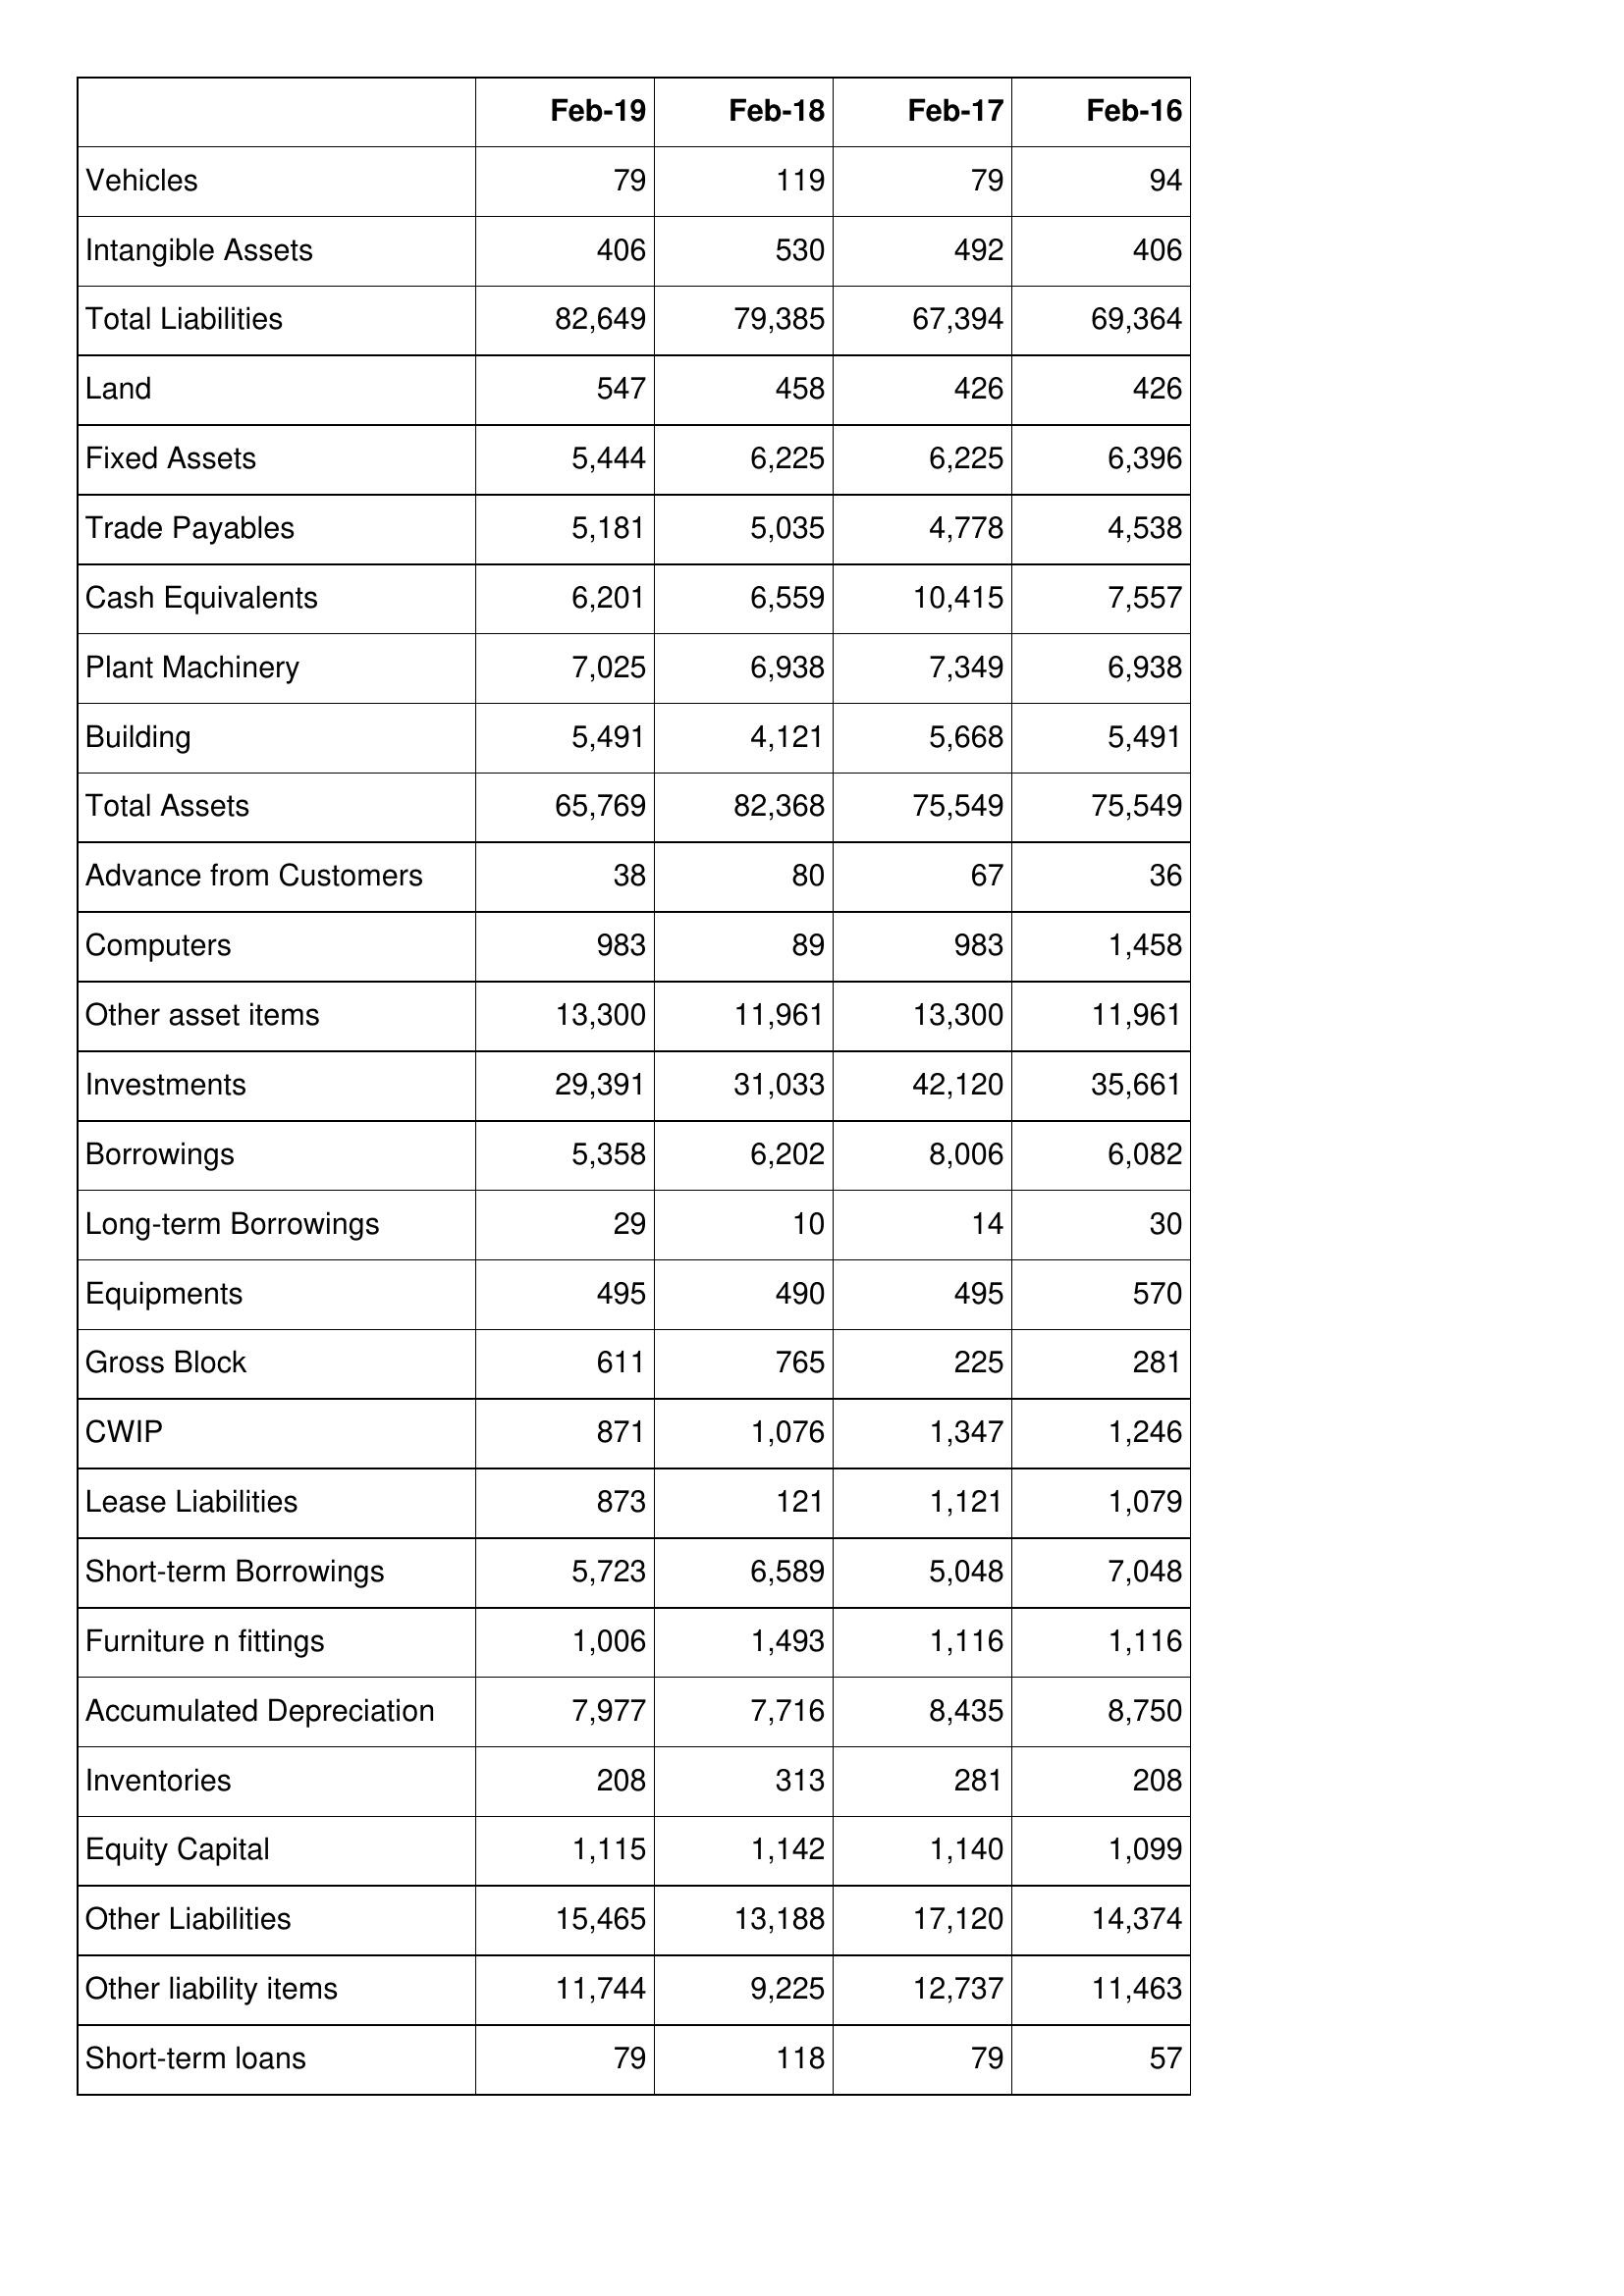
Feb-19: Balance Sheet: Vehicles: 79
Intangible Assets: 406
Total Liabilities: 82,649
Land: 547
Fixed Assets: 5,444
Trade Payables: 5,181
Cash Equivalents: 6,201
Plant Machinery: 7,025
Building: 5,491
Total Assets: 65,769
Advance from Customers: 38
Computers: 983
Other asset items: 13,300
Investments: 29,391
Borrowings: 5,358
Long-term Borrowings: 29
Equipments: 495
Gross Block: 611
CWIP: 871
Lease Liabilities: 873
Short-term Borrowings: 5,723
Furniture n fittings: 1,006
Accumulated Depreciation: 7,977
Inventories: 208
Equity Capital: 1,115
Other Liabilities: 15,465
Other liability items: 11,744
Short-term loans: 79
Feb-18: Balance Sheet: Vehicles: 119
Intangible Assets: 530
Total Liabilities: 79,385
Land: 458
Fixed Assets: 6,225
Trade Payables: 5,035
Cash Equivalents: 6,559
Plant Machinery: 6,938
Building: 4,121
Total Assets: 82,368
Advance from Customers: 80
Computers: 89
Other asset items: 11,961
Investments: 31,033
Borrowings: 6,202
Long-term Borrowings: 10
Equipments: 490
Gross Block: 765
CWIP: 1,076
Lease Liabilities: 121
Short-term Borrowings: 6,589
Furniture n fittings: 1,493
Accumulated Depreciation: 7,716
Inventories: 313
Equity Capital: 1,142
Other Liabilities: 13,188
Other liability items: 9,225
Short-term loans: 118
Feb-17: Balance Sheet: Vehicles: 79
Intangible Assets: 492
Total Liabilities: 67,394
Land: 426
Fixed Assets: 6,225
Trade Payables: 4,778
Cash Equivalents: 10,415
Plant Machinery: 7,349
Building: 5,668
Total Assets: 75,549
Advance from Customers: 67
Computers: 983
Other asset items: 13,300
Investments: 42,120
Borrowings: 8,006
Long-term Borrowings: 14
Equipments: 495
Gross Block: 225
CWIP: 1,347
Lease Liabilities: 1,121
Short-term Borrowings: 5,048
Furniture n fittings: 1,116
Accumulated Depreciation: 8,435
Inventories: 281
Equity Capital: 1,140
Other Liabilities: 17,120
Other liability items: 12,737
Short-term loans: 79
Feb-16: Balance Sheet: Vehicles: 94
Intangible Assets: 406
Total Liabilities: 69,364
Land: 426
Fixed Assets: 6,396
Trade Payables: 4,538
Cash Equivalents: 7,557
Plant Machinery: 6,938
Building: 5,491
Total Assets: 75,549
Advance from Customers: 36
Computers: 1,458
Other asset items: 11,961
Investments: 35,661
Borrowings: 6,082
Long-term Borrowings: 30
Equipments: 570
Gross Block: 281
CWIP: 1,246
Lease Liabilities: 1,079
Short-term Borrowings: 7,048
Furniture n fittings: 1,116
Accumulated Depreciation: 8,750
Inventories: 208
Equity Capital: 1,099
Other Liabilities: 14,374
Other liability items: 11,463
Short-term loans: 57